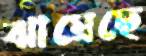
ঝাম্‌রেছে